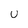
Character: U